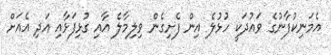
އެމަނިކުފާނުގެ ވައުދަކީ ހުޅުލެ އިން ފެށިގެން ވިލިމާލެ އާއި ގުޅިފަޅާއި އަދި އެއަށް